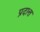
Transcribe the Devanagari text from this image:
प्रदात्त